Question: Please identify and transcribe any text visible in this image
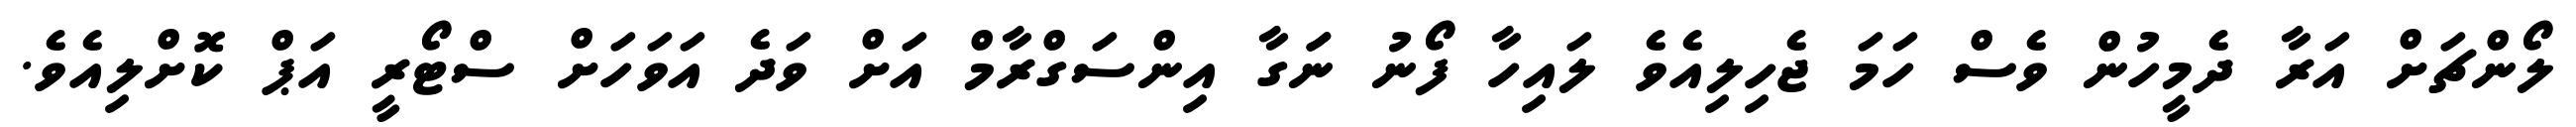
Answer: ލޯންޗަށް އަރާ ދެމީހުން ވެސް ހަމަ ޖެހިލިއެވެ ލައިހާ ފޯނު ނަަގާ އިންސަގްރާމް އަށް ވަދެ އަވަހަށް ސްޓޯރީ އަޕް ކޮށްލިއެވެ.